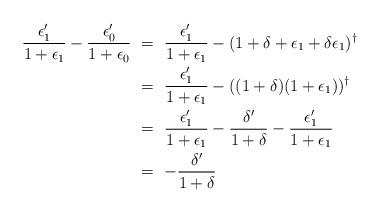
LaTeX: \begin{align*}\frac{\epsilon_1'}{1+\epsilon_1}-\frac{\epsilon_0'}{1+\epsilon_0}\ &=\ \frac{\epsilon_1'}{1+\epsilon_1} - (1+\delta+\epsilon_1+\delta\epsilon_1)^{\dagger} \\&=\ \frac{\epsilon_1'}{1+\epsilon_1} - ((1+\delta)(1+\epsilon_1))^{\dagger} \\&=\ \frac{\epsilon_1'}{1+\epsilon_1} - \frac{\delta'}{1+\delta} - \frac{\epsilon_1'}{1+\epsilon_1} \\&=\ -\frac{\delta'}{1+\delta}\end{align*}